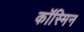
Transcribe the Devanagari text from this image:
कॉस्मिन